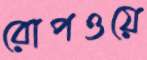
রোপওয়ে